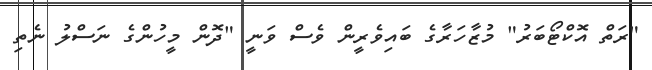
"ރަތް އޮކްޓޯބަރު" މުޒާހަރާގެ ބައިވެރީން ވެސް ވަނީ "ދޮން މީހުންގެ ނަސްލު ނެތި